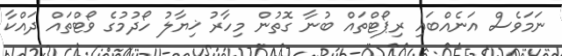
ނަމަވެސް އަނެއްބައި ރިޕޯޓްތައް ބުނާ ގޮތުން މިހާރު ޚިޔާލު ހޯދުމުގެ ވޯޓްތައް ދައްކާ